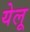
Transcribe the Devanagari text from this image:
येलू